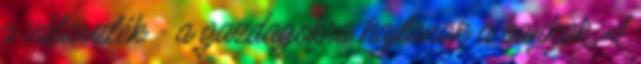
a választék - a gazdagokra hajtanak a bankok A